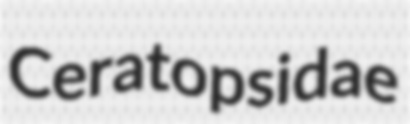
Ceratopsidae